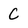
Character: C